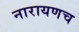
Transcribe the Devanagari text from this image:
नारायणच